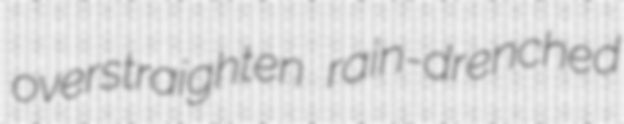
overstraighten rain-drenched